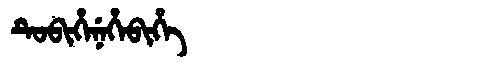
Manchu: ᡨᡠᠪᡳᡥᡝᠨᡝᡥᡝᠪᡳᡥᡝ
Romanization: TUBIHENEHEBIHE